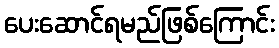
ပေးဆောင်ရမည်ဖြစ်ကြောင်း